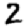
Digit: 2